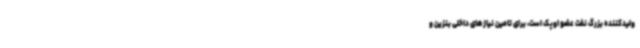
ولیدکننده بزرگ نفت عضو اوپک است، برای تامین نیازهای داخلی بنزین و